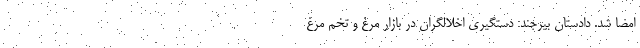
امضا شد. دادستان بیرجند: دستگیری اخلالگران در بازار مرغ و تخم مرغ